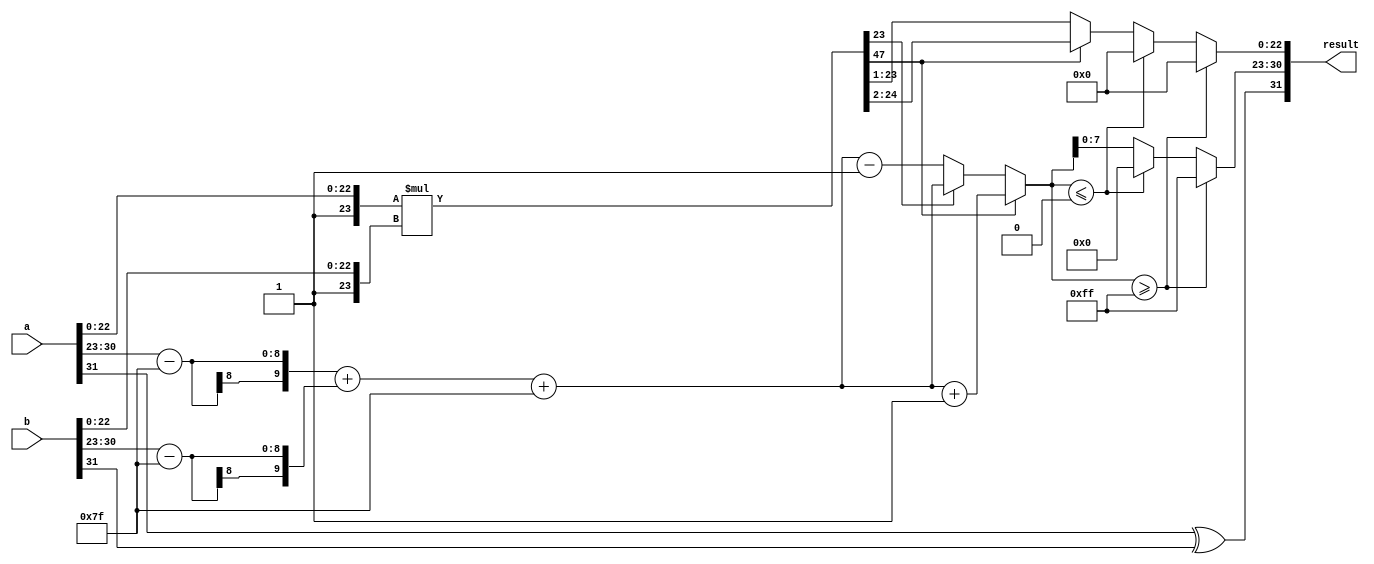
module floating_point_multiplier (
    input [31:0] a, // First floating-point number
    input [31:0] b, // Second floating-point number
    output reg [31:0] result // Resulting floating-point number
);

    // Constants
    localparam BIAS = 8'd127;
    localparam EXPONENT_BITS = 8;
    localparam MANTISSA_BITS = 23;

    // Internal signals
    wire sign_a = a[31];
    wire sign_b = b[31];
    wire [EXPONENT_BITS-1:0] exp_a = a[30:23];
    wire [EXPONENT_BITS-1:0] exp_b = b[30:23];
    wire [MANTISSA_BITS-1:0] mant_a = a[22:0];
    wire [MANTISSA_BITS-1:0] mant_b = b[22:0];

    // Extended mantissas with implicit leading 1
    wire [MANTISSA_BITS+1:0] mant_a_ext = {1'b1, mant_a}; // 1.M1
    wire [MANTISSA_BITS+1:0] mant_b_ext = {1'b1, mant_b}; // 1.M2

    // Sign of the result
    wire sign_result = sign_a ^ sign_b;

    // Exponent calculation
    wire [EXPONENT_BITS+1:0] exp_result = (exp_a - BIAS) + (exp_b - BIAS) + BIAS;

    // Mantissa multiplication
    wire [2*MANTISSA_BITS+1:0] mant_result = mant_a_ext * mant_b_ext;

    // Normalization
    reg [EXPONENT_BITS+1:0] final_exp;
    reg [MANTISSA_BITS-1:0] final_mant;
    reg overflow, underflow;

    always @(*) begin
        // Default values
        final_exp = exp_result;
        final_mant = mant_result[2*MANTISSA_BITS:1]; // Initial mantissa (shifted right)
        overflow = 0;
        underflow = 0;

        // Check for normalization
        if (mant_result[2*MANTISSA_BITS+1]) begin // If mant_result >= 2
            final_mant = mant_result[2*MANTISSA_BITS:2]; // Right shift
            final_exp = exp_result + 1; // Increase exponent
        end else if (mant_result[MANTISSA_BITS]) begin // If mant_result >= 1
            final_mant = mant_result[2*MANTISSA_BITS:1]; // No shift needed
        end else begin // If mant_result < 1
            final_mant = mant_result[2*MANTISSA_BITS-1:1]; // Left shift
            final_exp = exp_result - 1; // Decrease exponent
        end

        // Check for overflow and underflow
        if (final_exp >= 8'd255) begin
            overflow = 1;
            final_exp = 8'd255; // Set to infinity
            final_mant = 23'b0; // Mantissa is zero for infinity
        end else if (final_exp <= 8'd0) begin
            underflow = 1;
            final_exp = 8'd0; // Set to zero
            final_mant = 23'b0; // Mantissa is zero for zero
        end

        // Assemble the result
        result = {sign_result, final_exp[EXPONENT_BITS-1:0], final_mant[MANTISSA_BITS-1:0]};
    end

endmodule